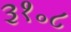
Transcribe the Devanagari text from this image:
३१॰८